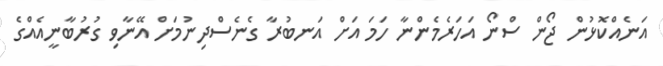
އަނެއްކޮޅުން ޖޯން ސްނޯ އަހަރެމެންނާ ހަމަ އަށް އަނބުރާ ގެނެސްދިނުމަށް އޭނާވި ގުރުބާނީއެއްގެ